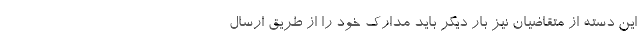
این دسته از متقاضیان نیز بار دیگر باید مدارک خود را از طریق ارسال